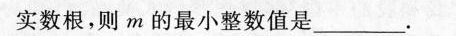
实数根，则m的最小整数值是___。